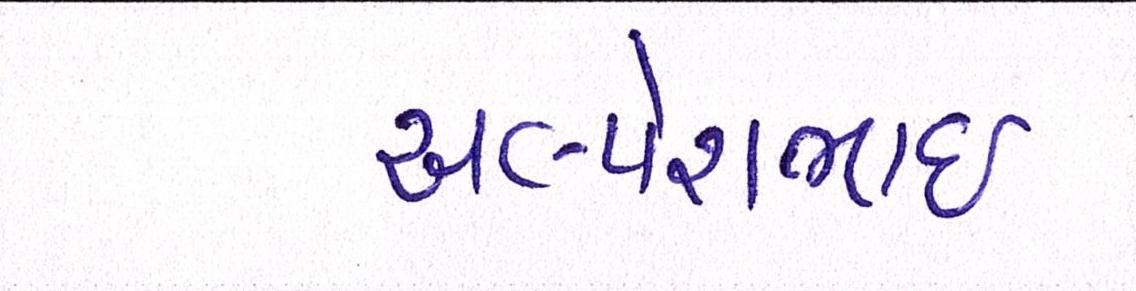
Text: અલ્પેશભાઇ